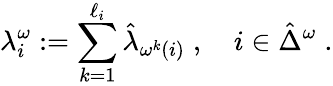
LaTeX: \lambda_{i}^{\omega}:=\sum_{k=1}^{\ell_{i}}\hat{\lambda}_{\omega^{k}(i)}\; ,\quad i\in\hat{\Delta}^{\omega}\; .